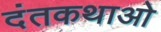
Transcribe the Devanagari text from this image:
दंतकथाओ